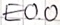
Text: E0.0